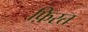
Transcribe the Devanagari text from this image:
फ़िरत